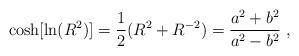
LaTeX: \begin{align*} \cosh[\ln(R^2)]=\frac12(R^2+R^{-2})=\frac{a^2+b^2}{a^2-b^2}\ , \end{align*}